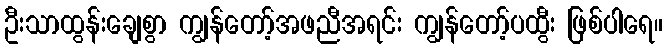
ဦးသာထွန်းချေစွာ ကျွန်တော့်အဖညီအရင်း ကျွန်တော့်ပထွီး ဖြစ်ပါရေ။